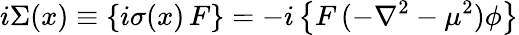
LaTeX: i\Sigma(x)\equiv\left\{ i\sigma(x)\, F\right\} =-i\left\{ F\, (-\nabla^{2}-\mu^{2})\phi\right\}